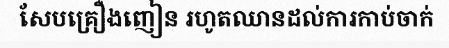
សែបគ្រឿងញៀន រហូតឈានដល់ការកាប់ចាក់